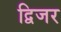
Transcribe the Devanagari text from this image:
द्विजर